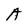
Character: A